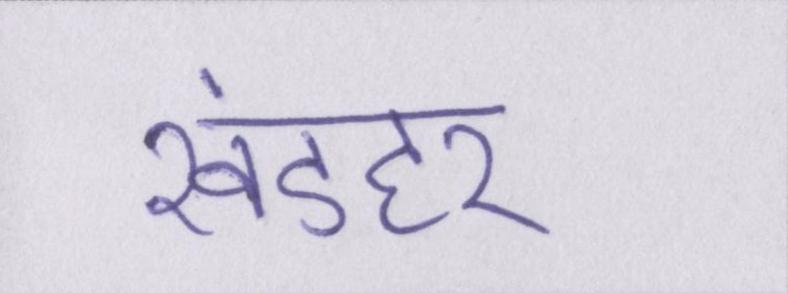
खंडहर